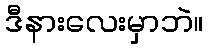
ဒီနားလေးမှာဘဲ။